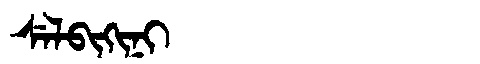
Manchu: ᠰᡝᠯᠪᡳᡴᡳᠨᡳ
Romanization: SELBIKINI